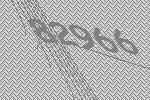
82966